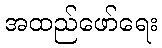
အထည်ဖော်ရေး